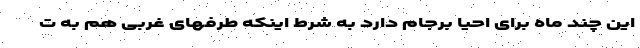
این چند ماه برای احیا برجام دارد به شرط اینکه طرفهای غربی هم به ت